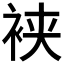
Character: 𬡒